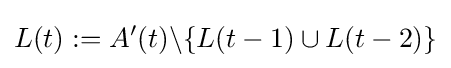
L(t):=A'(t)\backslash \{L(t-1)\cup L(t-2)\}